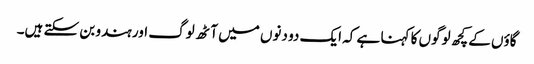
گاؤں کے کچھ لوگوں کا کہنا ہے کہ ایک دو دنوں میں آٹھ لوگ اور ہندو بن سکتے ہیں۔